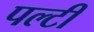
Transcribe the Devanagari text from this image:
पल्टी